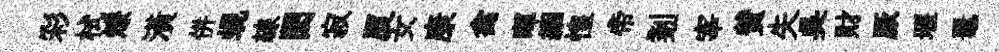
彩栻燎潢併蜆線閎寂厦女康禽暉絪惶帝剗宰賛失吳財厥堰鼉